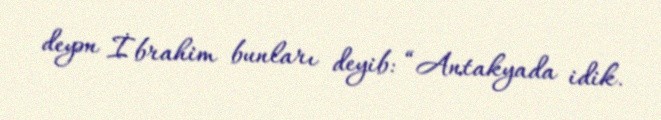
deyən İbrahim bunları deyib: “Antakyada idik.